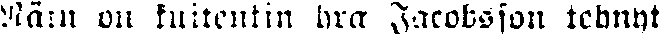
Näin on kuitenkin hra Jacobsson tehnyt